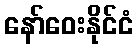
နော်ဝေးနိုင်ငံ